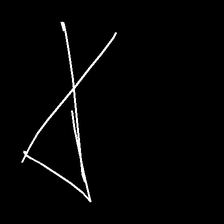
Glyph: collection